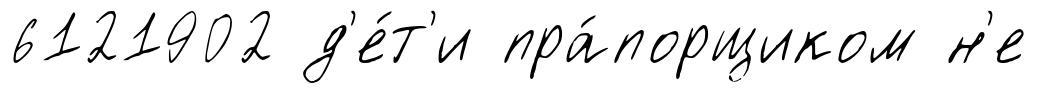
6121902 д'е́т'и пра́порщиком н'е